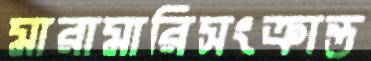
মারামারিসংক্রান্ত